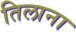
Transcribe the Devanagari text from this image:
तिलाना